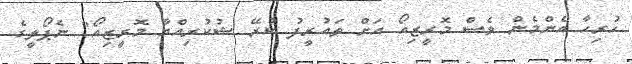
ހުރިހާ އެންމެން ވެސް މޮރީޒިއޯ އަށް ތައުރީފު ކުރޭ ޝުކުރިއްޔާ މޮރީޒިއޯ" ނެޕޯލީގެ